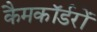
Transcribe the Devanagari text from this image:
कैमकॉर्डरों